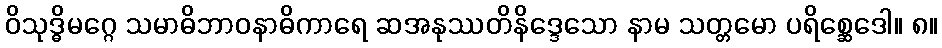
ဝိသုဒ္ဓိမဂ္ဂေ သမာဓိဘာဝနာဓိကာရေ ဆအနုဿတိနိဒ္ဒေသော နာမ သတ္တမော ပရိစ္ဆေဒေါ။ ၈။